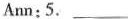
Ann:5.___